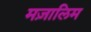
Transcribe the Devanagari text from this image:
मज़ालिम